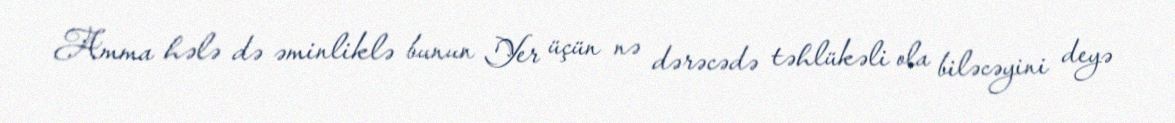
Amma hələ də əminliklə bunun Yer üçün nə dərəcədə təhlükəli ola biləcəyini deyə